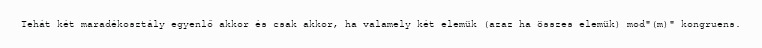
Tehát két maradékosztály egyenlő akkor és csak akkor, ha valamely két elemük (azaz ha összes elemük) mod"(m)" kongruens.